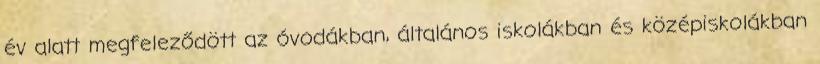
év alatt megfeleződött az óvodákban, általános iskolákban és középiskolákban